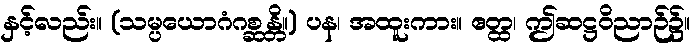
နှင့်လည်း။ (သမ္ပယောဂံဂစ္ဆန္တိ။) ပန၊ အထူးကား။ ဧတ္ထ၊ ဤဆဋ္ဌဝိညာဉ်၌။